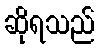
ဆိုရသည်